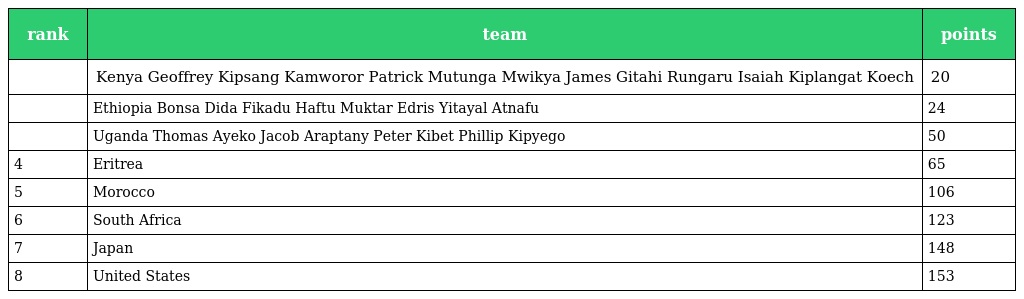
| rank | team | points |
 | --- | --- | --- |
 |  | Kenya Geoffrey Kipsang Kamworor Patrick Mutunga Mwikya James Gitahi Rungaru Isaiah Kiplangat Koech | 20 |
 |  | Ethiopia Bonsa Dida Fikadu Haftu Muktar Edris Yitayal Atnafu | 24 |
 |  | Uganda Thomas Ayeko Jacob Araptany Peter Kibet Phillip Kipyego | 50 |
 | 4 | Eritrea | 65 |
 | 5 | Morocco | 106 |
 | 6 | South Africa | 123 |
 | 7 | Japan | 148 |
 | 8 | United States | 153 |